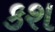
કશ